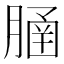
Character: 𦞞